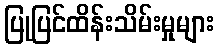
ပြုပြင်ထိန်းသိမ်းမှုများ